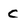
Character: C